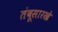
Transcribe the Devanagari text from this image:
तंबूसारखे